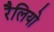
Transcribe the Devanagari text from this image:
रैलियो